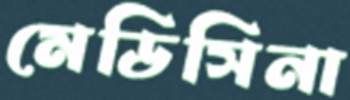
মেডিসিনা